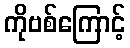
ကိုဗစ်ကြောင့်